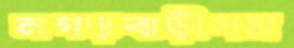
নগড়বাড়ীসম